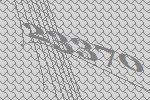
23370